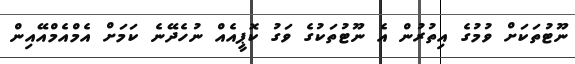
ނޫޓުތަކަށް ވުމުގެ އިތުރުން އެ ނޫޓުތަކުގެ ވަގު ކޮޕީއެއް ނުހެދޭނެ ކަމަށް އެމްއެމްއޭއިން